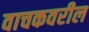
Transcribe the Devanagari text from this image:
वाचकवरील